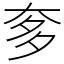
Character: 奓